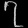
Digit: ၇